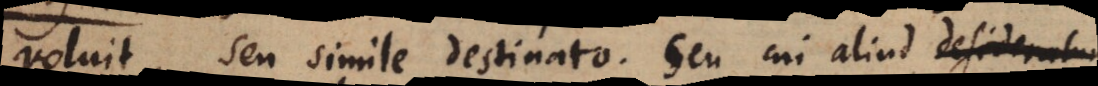
voluit, seu simile destinato. Seu cui aliud desider